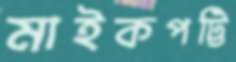
মাইকপট্টি